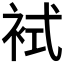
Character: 𧙢